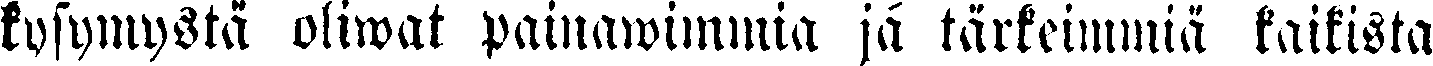
kysymystä oliwat painawimmia ja tärkeimmiä kaikista